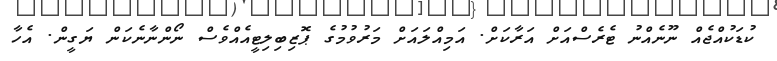
ކުޑަކުއްޖެއް ނޫނެއްނު ޓެރެސްއަށް އަރާކަށް. އަމިއްލައަށް މަރުވުމުގެ ޕޮޒިބިލިޓީއެއްވެސް ނޯންނާނެކަން ޔަގީން. އެހާ